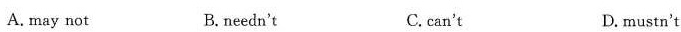
A. may not B.needn't C. can't D. mustn't